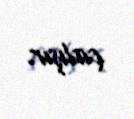
çalışır.